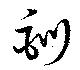
訓